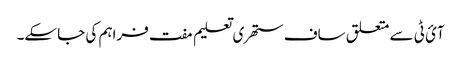
آئ ٹی سے متعلق ساف ستھری تعلیم مفت فراہم کی جاسکے۔